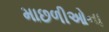
માછળીઓના